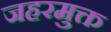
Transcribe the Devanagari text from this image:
जहरमुक्त